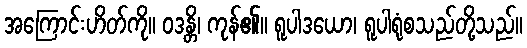
အကြောင်းဟိတ်ကို။ ဝဒန္တိ၊ ကုန်၏။ ရူပါဒယော၊ ရူပါရုံစသည်တို့သည်။